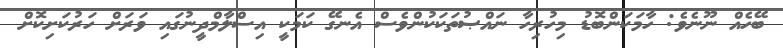
ބޭހެއް ނޫނެވެ: ހާމަކަންބޮޑު މިހުރިހާ ނައްޞުތަކަކުންވެސް އެނގޭ ކަމަކީ އިސްލާމްދީނުގައި ވަރަށް ހަރުކަށިކޮށް